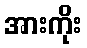
အားကိုး